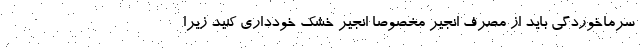
سرماخوردگی باید از مصرف انجیر مخصوصا انجیر خشک خودداری کنید زیرا